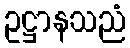
ဥဋ္ဌာနသညံ